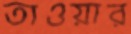
তাওয়ার